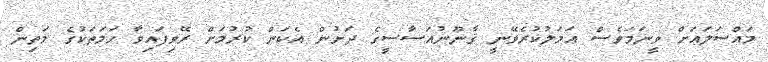
މައްސަލައަށް ވީނަމަވެސް ޢަމަލުކުރެވޭނީ ޤާނޫނުއަސާސީގެ ދަށުން އެކަން ކުރުމަށް ރޭވިފައިވާ ހަމަތަކުގެ މަތިން